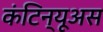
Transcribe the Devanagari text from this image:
कंटिन्यूअस